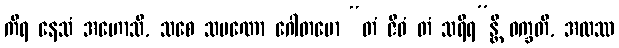
ကိရ နေသံ အဟောသိ, သစေ သမဏော ဂေါတမော “တံ ဇီဝံ တံ သရီရ”န္တိ ဝက္ခတိ, အထဿ